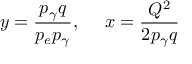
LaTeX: y = { \frac { p _ { \gamma } q } { p _ { e } p _ { \gamma } } } , ~ ~ ~ ~ x = { \frac { Q ^ { 2 } } { 2 p _ { \gamma } q } }